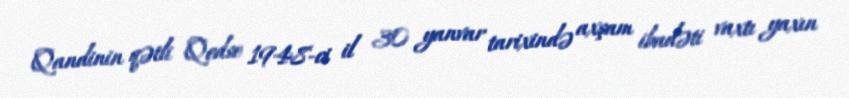
Qandinin qətli Qodse 1948-ci il 30 yanvar tarixində axşam ibadəti vaxtı yaxın